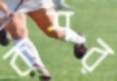
কৃশর